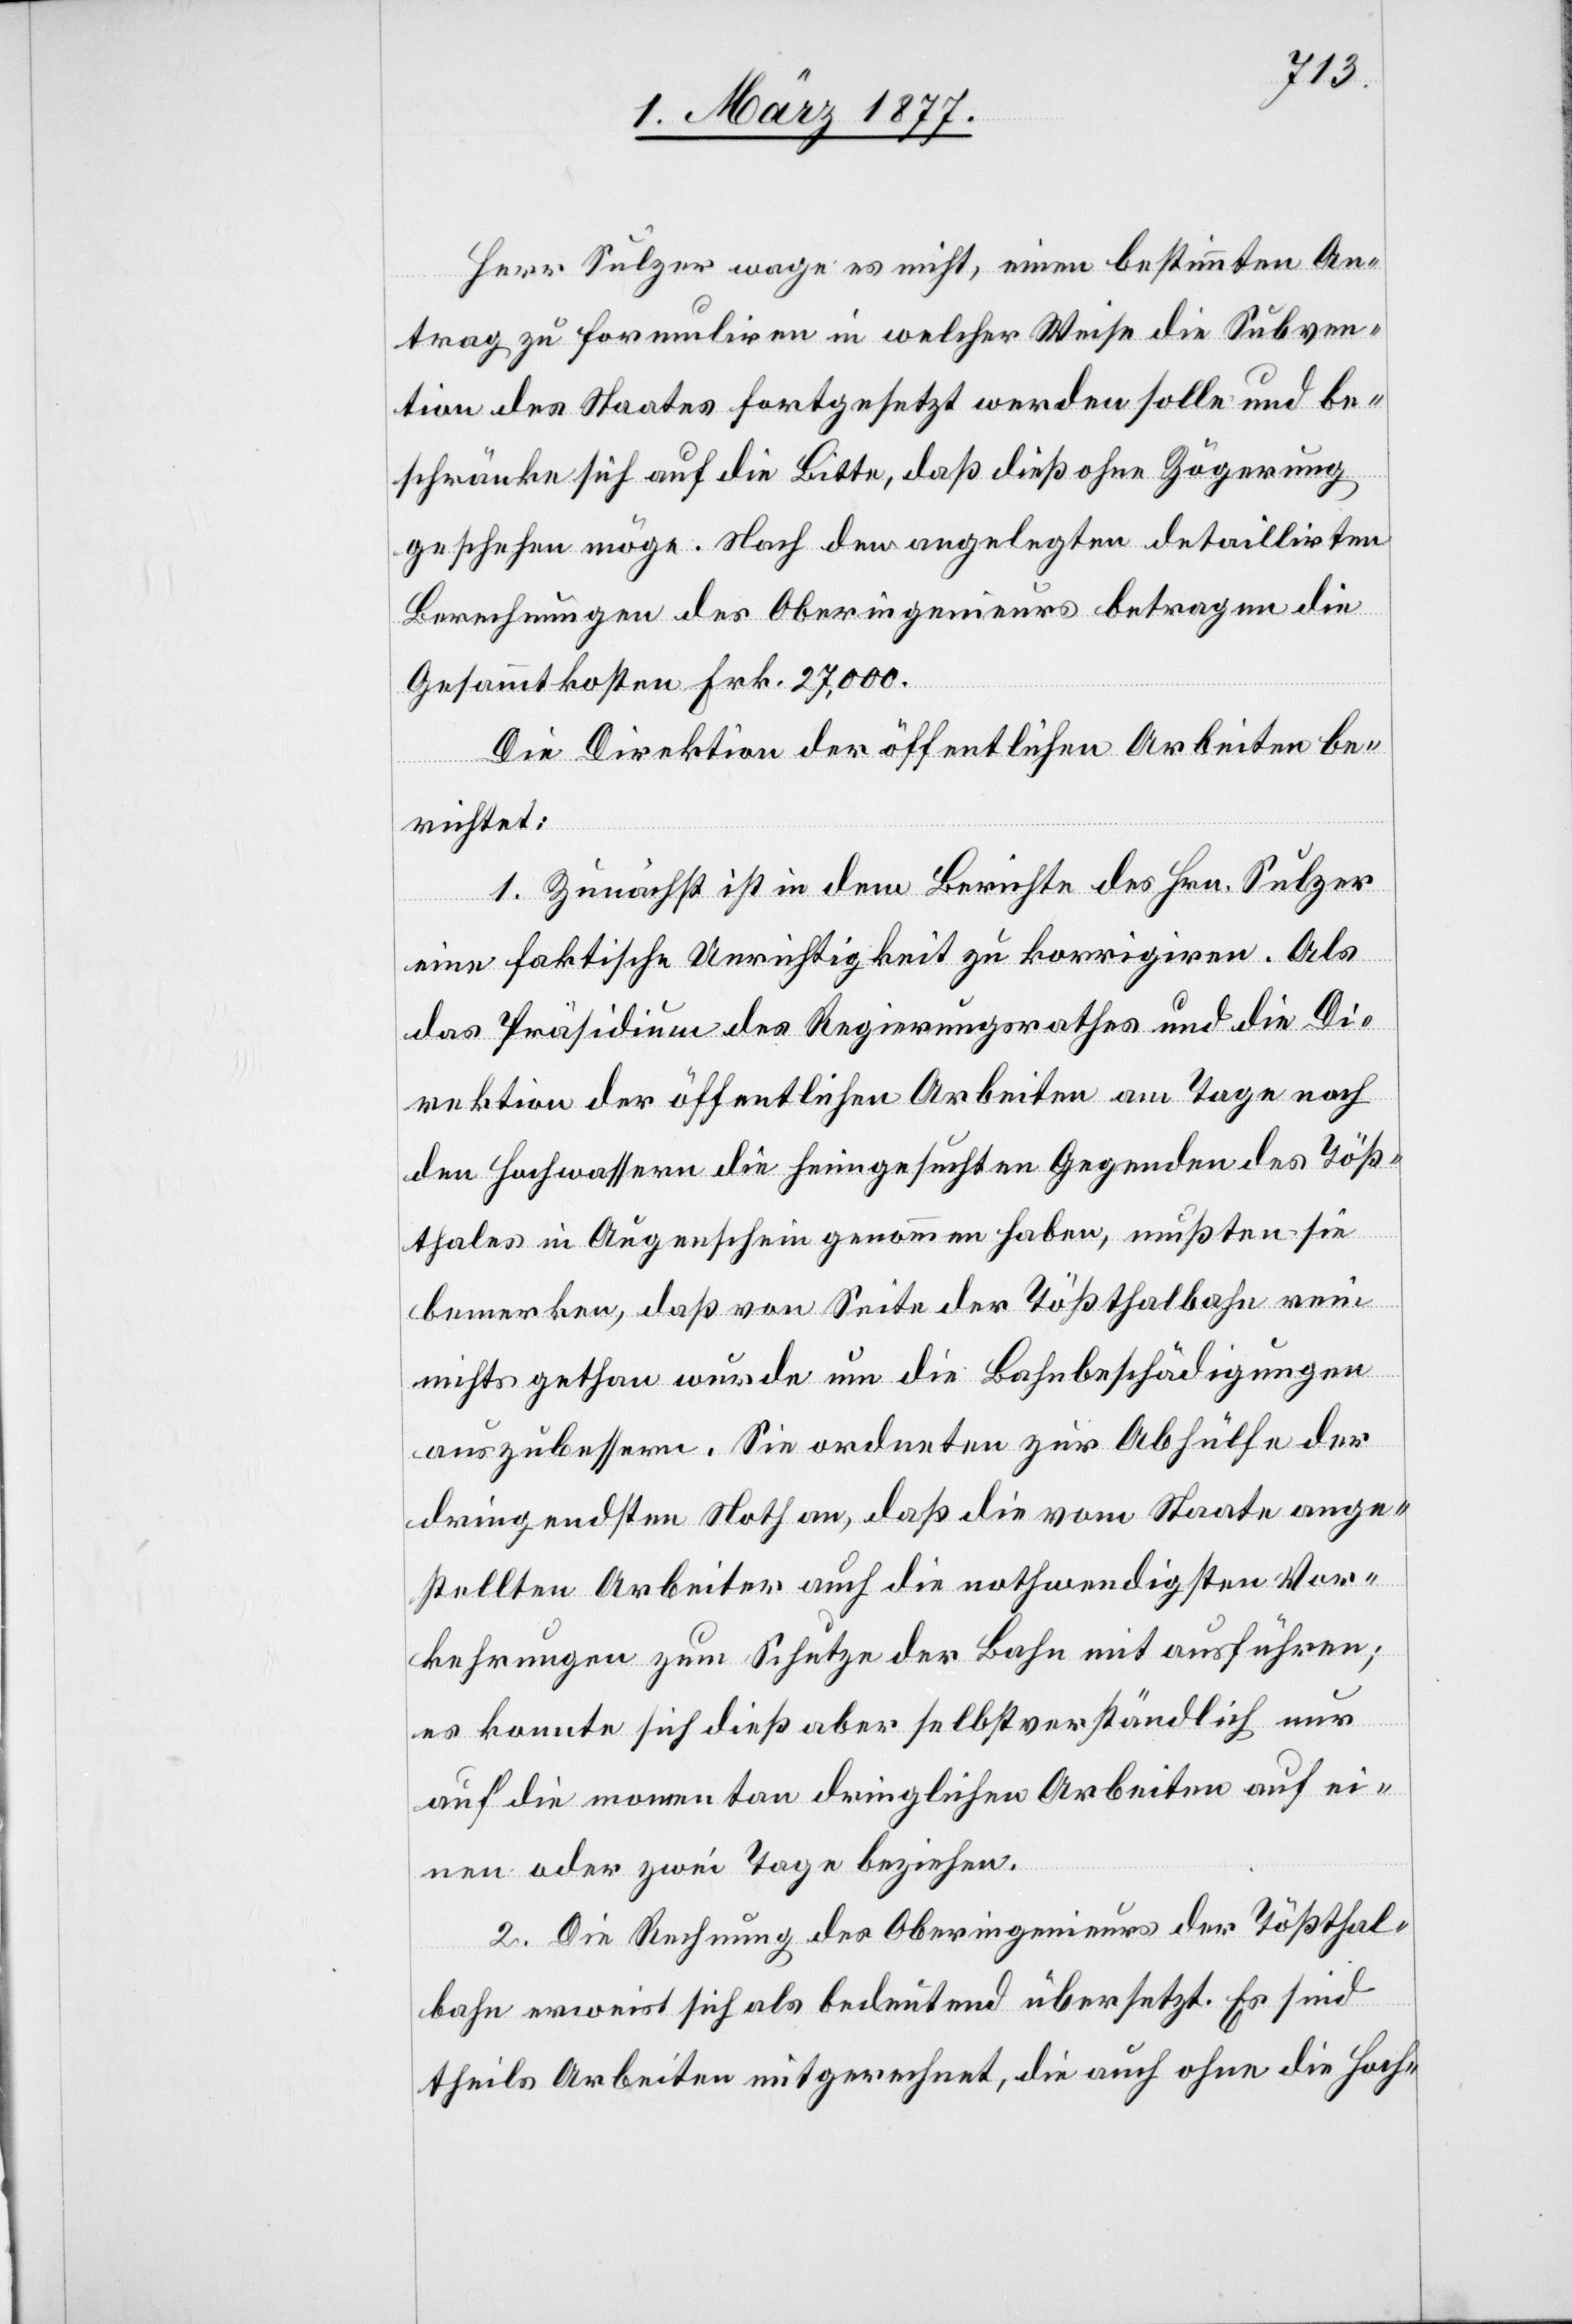
Herr Sulzer wage es nicht, einen bestimmten An¬
trag zu formuliren in welcher Weise die Subven¬
tion des Staates fortgesetzt werden solle und be¬
schränke sich auf die Bitte, daß dieß ohne Zögerung
geschehen möge. Nach den angelegten detaillirten
Berechnungen des Oberingenieurs betragen die
Gesammtkosten Frk. 27,000.
Die Direktion der öffentlichen Arbeiten be¬
richtet:
1. Zunächst ist in dem Berichte des Hrn. Sulzer
eine faktische Unrichtigkeit zu korrigiren. Als
das Präsidium des Regierungsrathes und die Di¬
rektion der öffentlichen Arbeiten am Tage nach
den Hochwassern die heimgesuchten Gegenden des Töß¬
thales in Augenschein genommen haben, mußten sie
bemerken, daß von Seite der Tößthalbahn rein
nichts gethan wurde um die Bahnbeschädigungen
auszubessern. Sie ordneten zur Abhülfe der
dringendsten Noth an, daß die vom Staate ange¬
stellten Arbeiter auch die nothwendigsten Vor¬
kehrungen zum Schutze der Bahn mit ausführen;
es konnte sich dieß aber selbstverständlich nur
auf die momentan dringlichen Arbeiten auf ei¬
nen oder zwei Tage beziehen.
2. Die Rechnung des Oberingenieurs der Tößthal¬
bahn erweist sich als bedeutend übersetzt. Es sind
theils Arbeiten mitgerechnet, die auch ohne die Hoch-